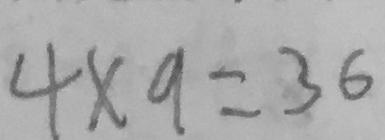
4 \times 9 = 3 6